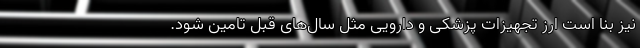
نیز بنا است ارز تجهیزات پزشکی و دارویی مثل سال‌های قبل تامین شود.